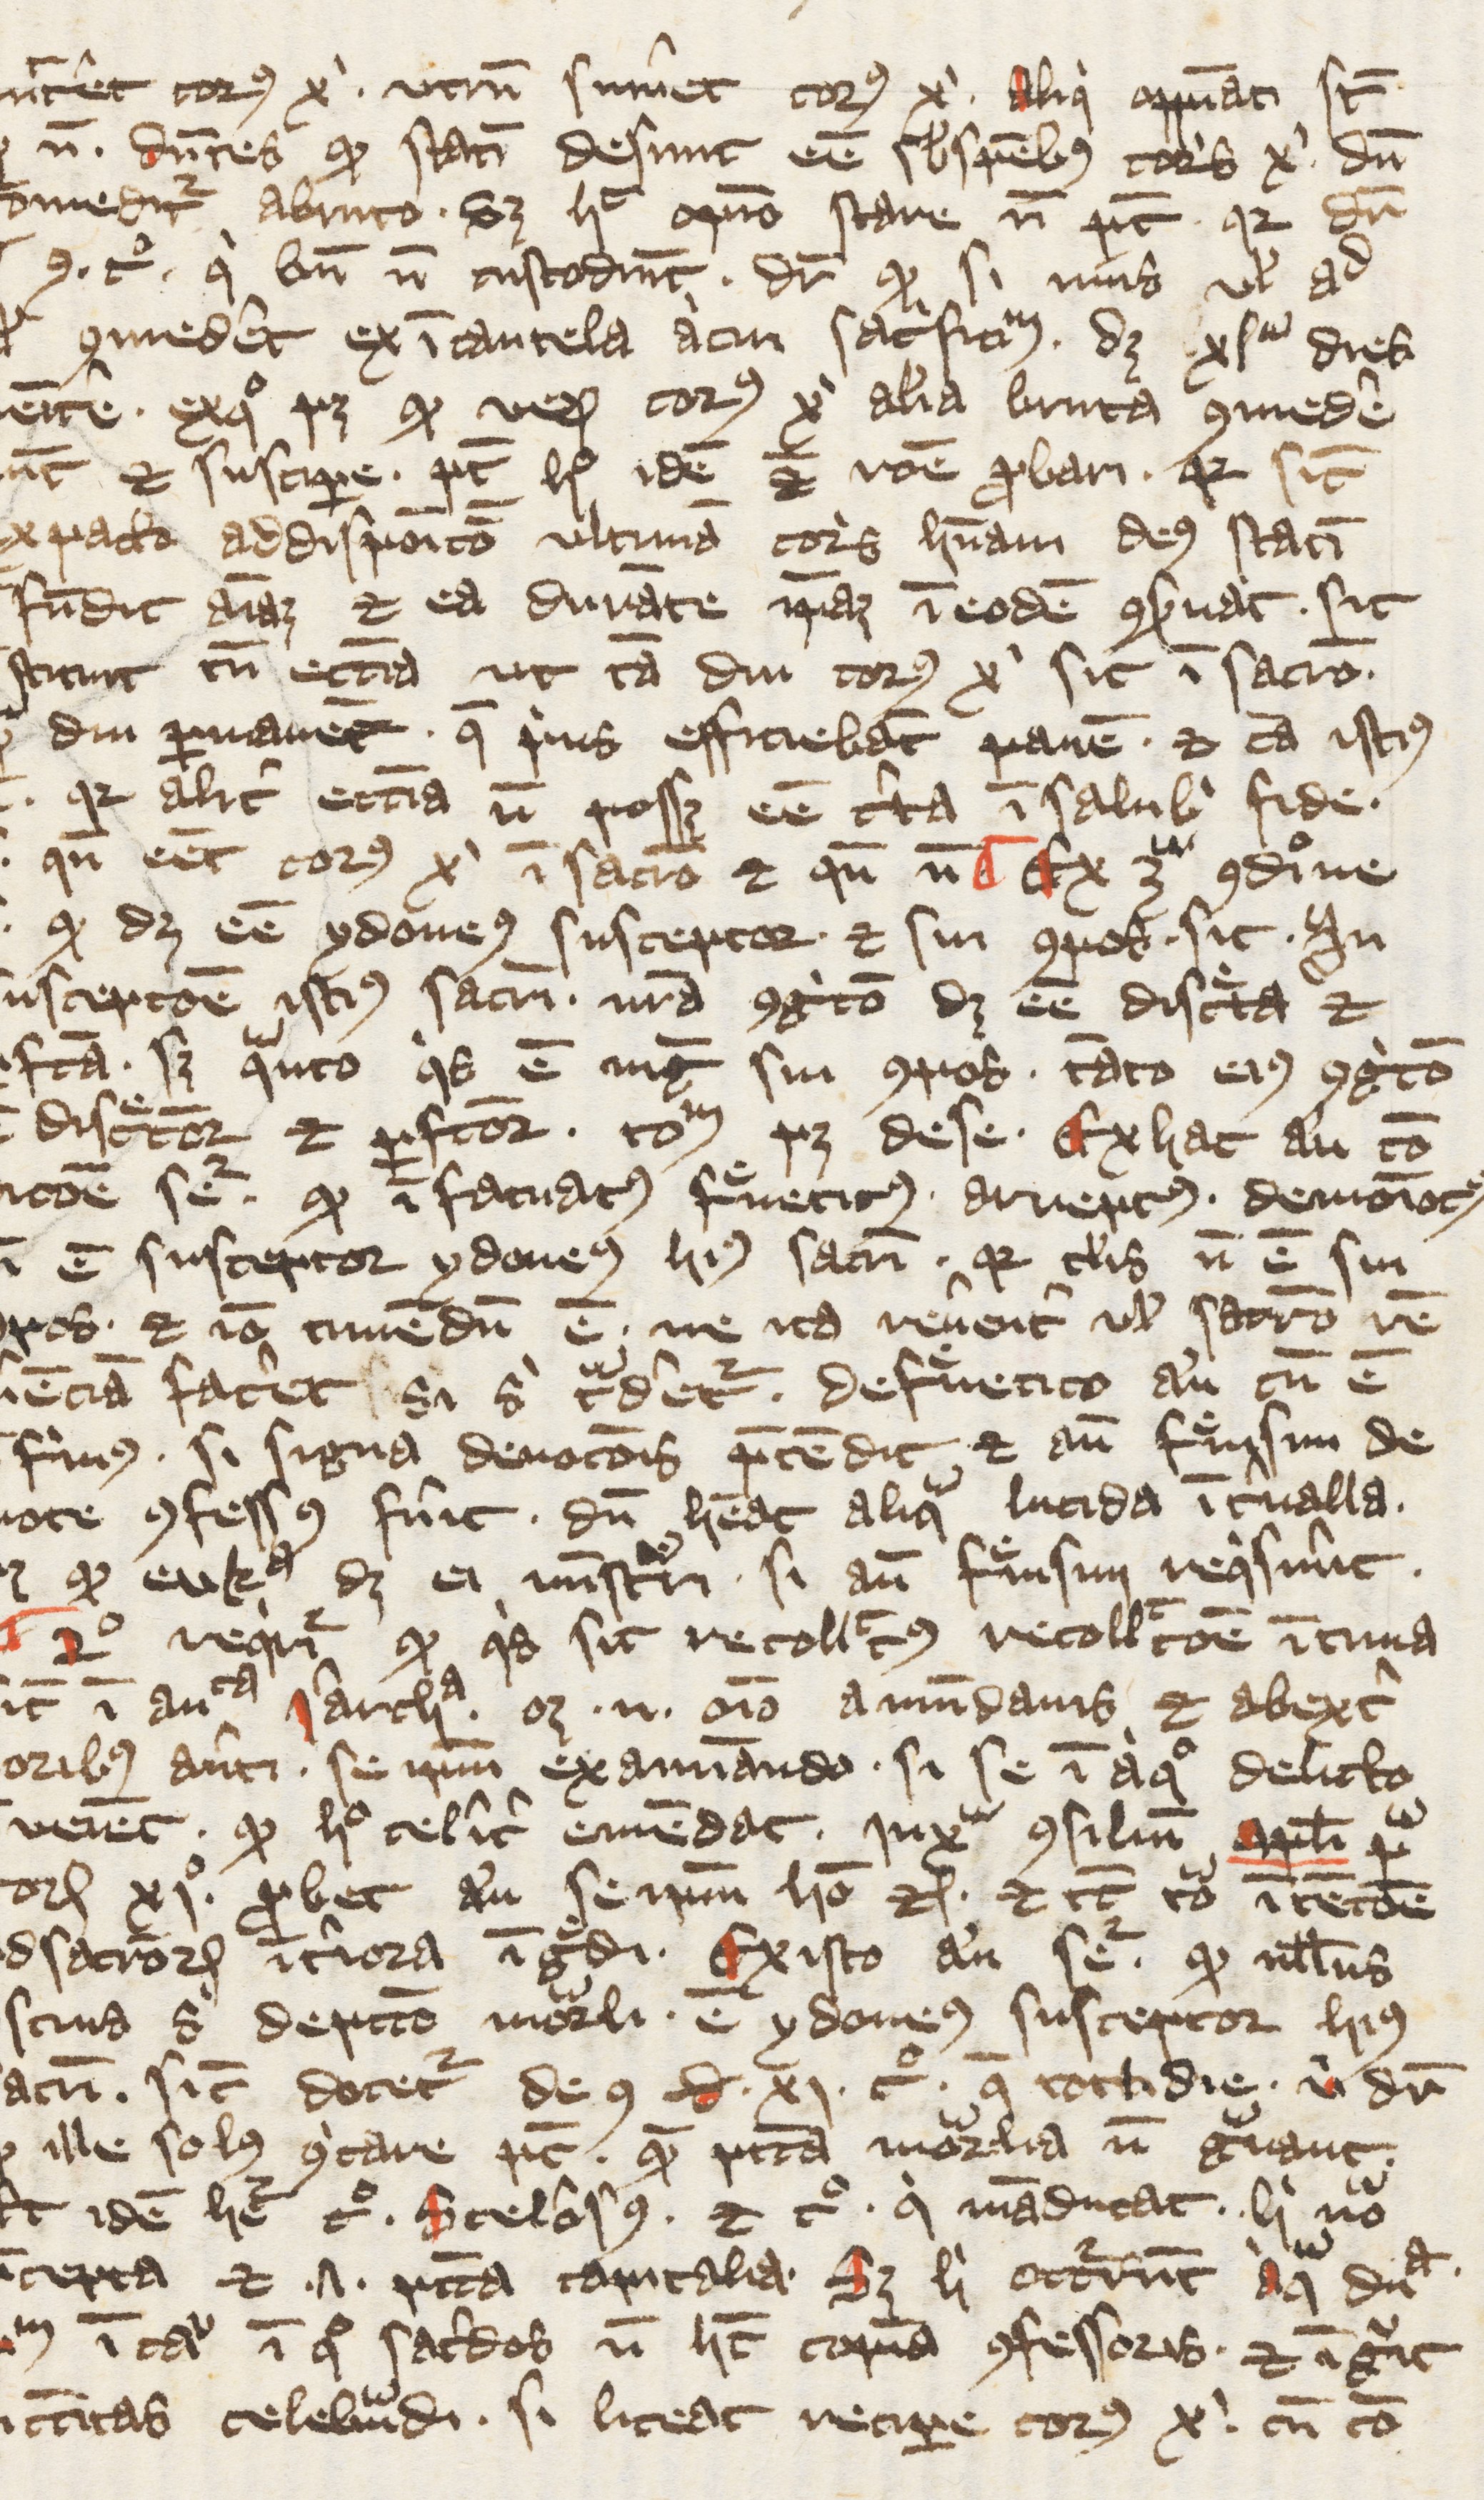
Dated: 1391–1421